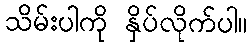
သိမ်းပါကို နှိပ်လိုက်ပါ။